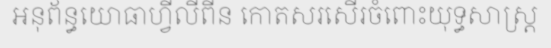
អនុព័ន្ធយោធាហ្វីលីពីន កោតសរសើរចំពោះយុទ្ធសាស្ត្រ